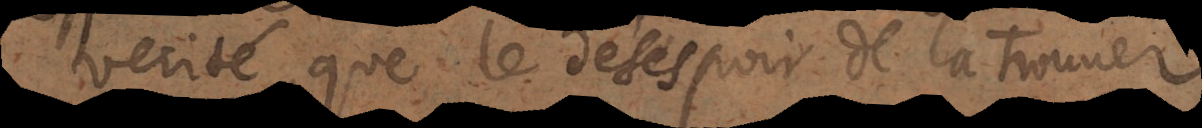
verité, que le désespoir de la trouver